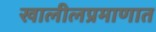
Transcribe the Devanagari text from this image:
खालीलप्रमाणात